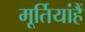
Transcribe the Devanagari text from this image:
मूर्तियांहैं